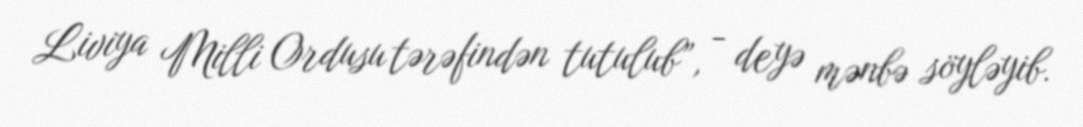
Liviya Milli Ordusu tərəfindən tutulub”, - deyə mənbə söyləyib.